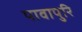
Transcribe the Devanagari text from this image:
पावापुरि